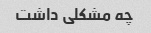
چه مشکلی داشت